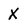
Character: X